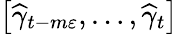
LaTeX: \left[\widehat{\gamma}_{t-m\varepsilon},\ldots,\widehat{\gamma}_{t}\right]